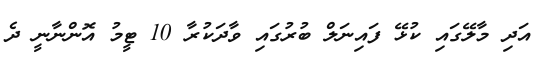
އަދި މާލޭގައި ކުޅޭ ފައިނަލް ބުރުގައި ވާދަކުރާ 10 ޓީމު އޮންނާނީ ދެ